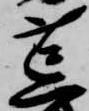
荒